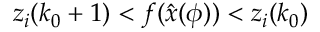
z _ { i } ( k _ { 0 } + 1 ) < f ( \hat { x } ( \phi ) ) < z _ { i } ( k _ { 0 } )